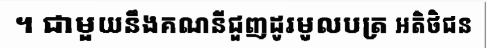
។ ជាមួយនឹងគណនីជួញដូរមូលបត្រ អតិថិជន